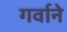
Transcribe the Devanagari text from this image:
गर्वाने